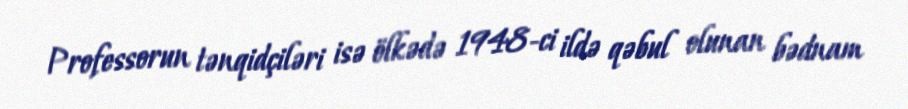
Professorun tənqidçiləri isə ölkədə 1948-ci ildə qəbul olunan bədnam